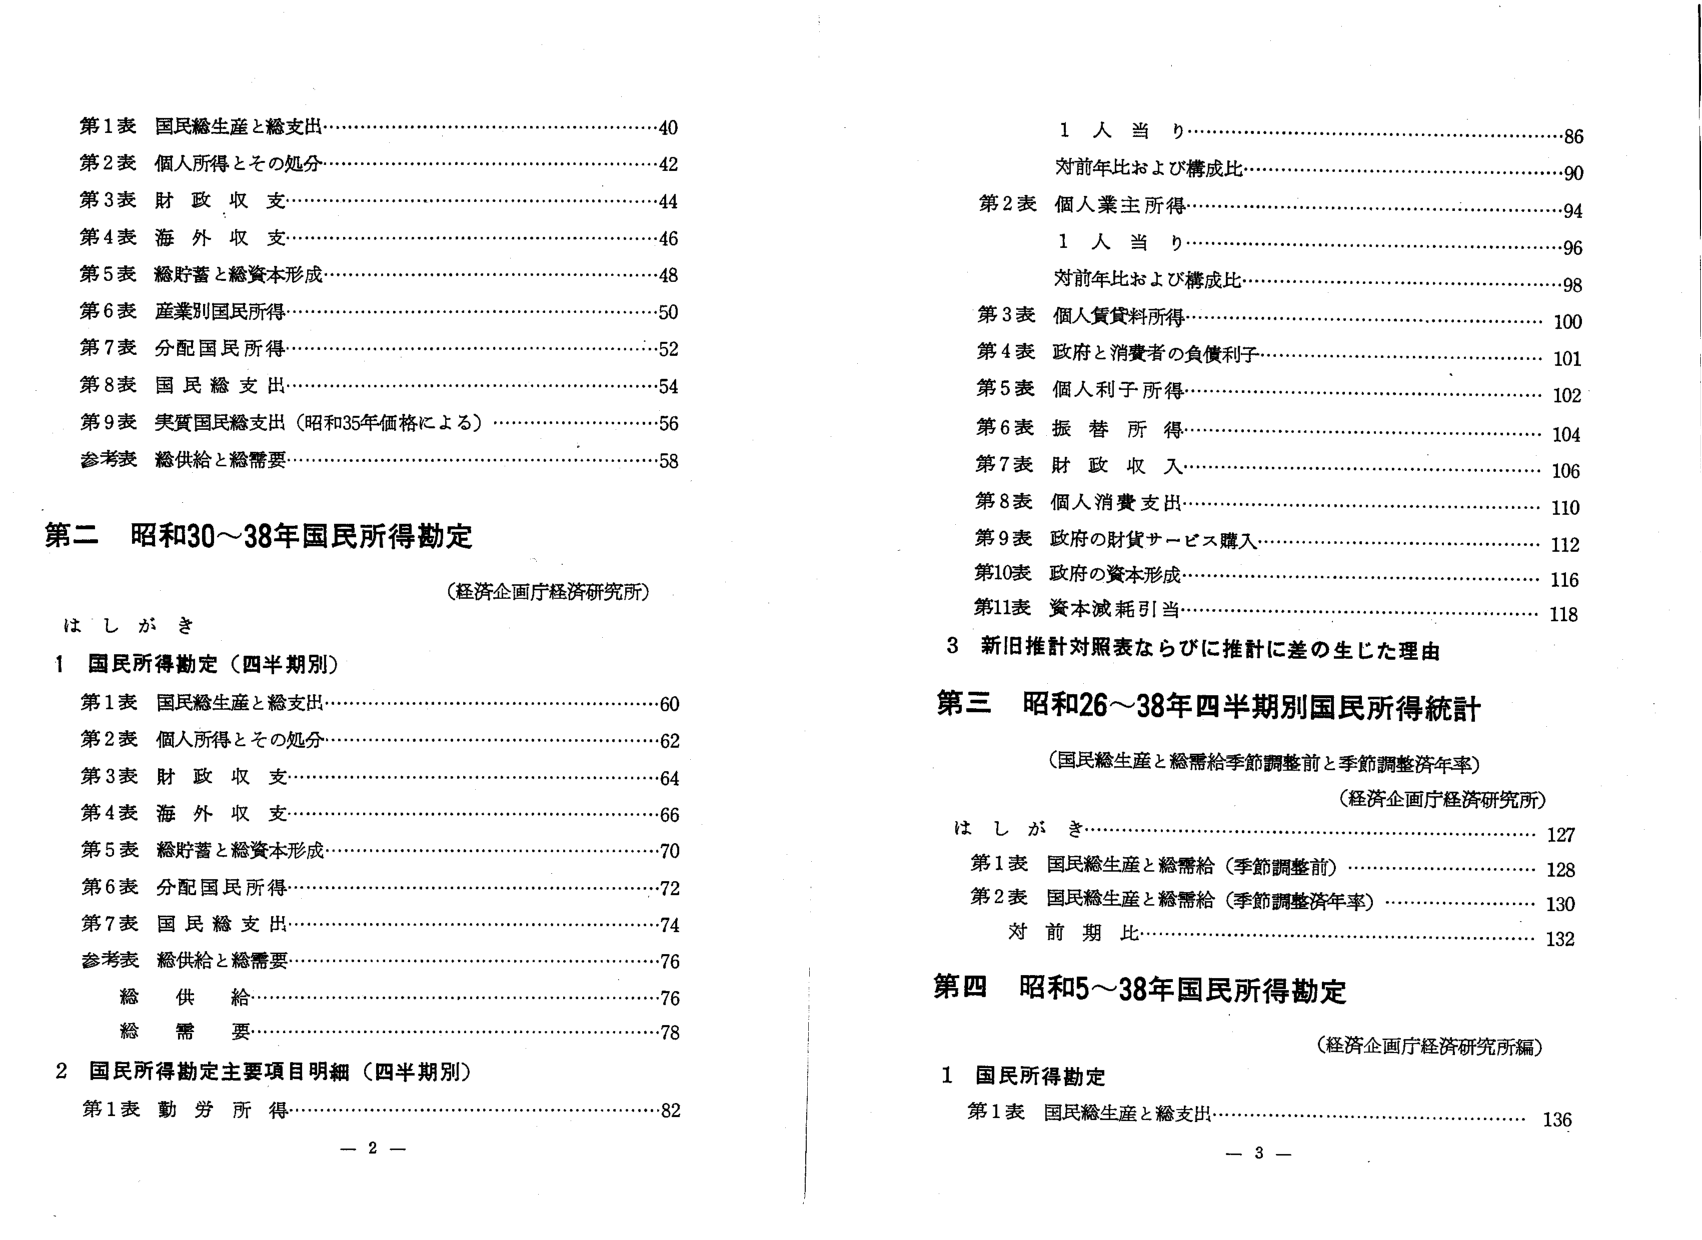
第1表 国民総生産と総支出……………………………………40
第2表 個人所得とその処分……………………………………42
第3表 財政収支………………………………………………44
第4表 海外収支………………………………………………46
第5表 総貯蓄と総資本形成……………………………………48
第6表 産業別国民所得………………………………………50
第7表 分配国民所得…………………………………………52
第8表 国民総支出……………………………………………54
第9表 実質国民総支出（昭和35年価格による）……………56
参考表 総供給と総需要………………………………………58

第二 昭和30～38年国民所得勘定
（経済企画庁経済研究所）
はしがき
1 国民所得勘定（四半期別）
第1表 国民総生産と総支出……………………………………60
第2表 個人所得とその処分……………………………………62
第3表 財政収支………………………………………………64
第4表 海外収支………………………………………………66
第5表 総貯蓄と総資本形成……………………………………70
第6表 分配国民所得…………………………………………72
第7表 国民総支出……………………………………………74
参考表 総供給と総需要………………………………………76
　　総供給…………………………………………………76
　　総需要…………………………………………………78
2 国民所得勘定主要項目明細（四半期別）
第1表 勤労所得………………………………………………82

1 人当り……………………………………………………86
対前年比および構成比………………………………………90
第2表 個人業主所得…………………………………………94
1 人当り……………………………………………………96
対前年比および構成比………………………………………98
第3表 個人賃貸料所得………………………………………100
第4表 政府と消費者の負債利子……………………………101
第5表 個人利子所得…………………………………………102
第6表 振替所得………………………………………………104
第7表 財政収入………………………………………………106
第8表 個人消費支出…………………………………………110
第9表 政府の財貨サービス購入……………………………112
第10表 政府の資本形成………………………………………116
第11表 資本減耗引当…………………………………………118
3 新旧推計対照表ならびに推計に差の生じた理由

第三 昭和26～38年四半期別国民所得統計
（国民総生産と総需給季節調整前と季節調整済年率）
（経済企画庁経済研究所）
はしがき………………………………………………………127
第1表 国民総生産と総需給（季節調整前）…………………128
第2表 国民総生産と総需給（季節調整済年率）……………130
対前期比……………………………………………………132

第四 昭和5～38年国民所得勘定
（経済企画庁経済研究所編）
1 国民所得勘定
第1表 国民総生産と総支出…………………………………136

－2－
－3－